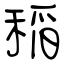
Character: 稲